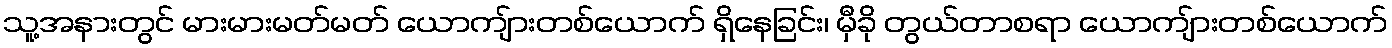
သူ့အနားတွင် မားမားမတ်မတ် ယောကျ်ားတစ်ယောက် ရှိနေခြင်း၊ မှီခို တွယ်တာစရာ ယောကျ်ားတစ်ယောက်